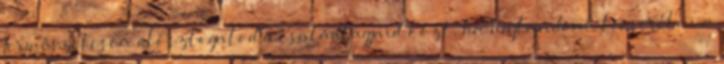
Természetesen elosztogatod a családtagjaid közt, ha hajlandóak lecserélni a